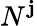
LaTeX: N^{\mathbf{j}}